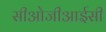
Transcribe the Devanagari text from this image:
सीओजीआईसी